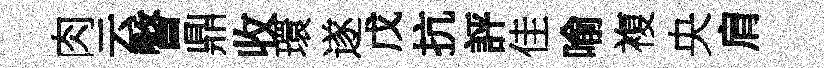
肉云瞥鼎收環遂戊抗評佳喻複央肩